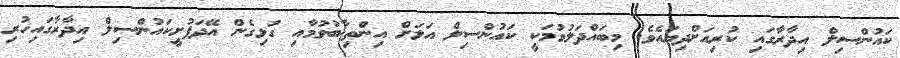
ކައުންސިލް އިދާރާގައި ކުރިއަށްދިޔައެވެ. މިބައްދަލުވުމަކީ ކައުންސިލް އަލަށް އިންތިޚާބުވުމާއި ގުޅިގެން އޭދަފުށީކައުންސިލް އިދާރާގައިހުރި